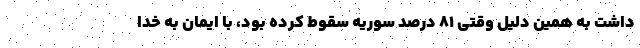
داشت به همین دلیل وقتی ۸۱ درصد سوریه سقوط کرده بود، با ایمان به خدا